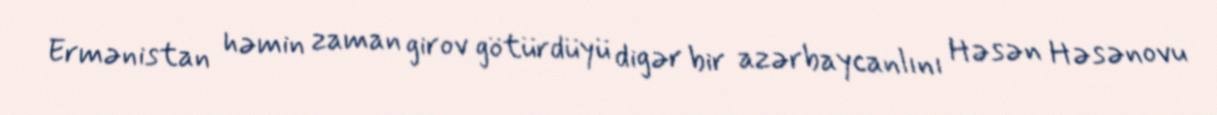
Ermənistan həmin zaman girov götürdüyü digər bir azərbaycanlını Həsən Həsənovu